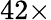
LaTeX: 42\times